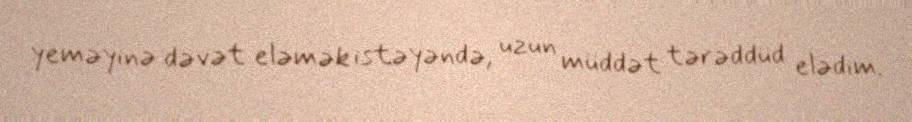
yeməyinə dəvət eləmək istəyəndə, uzun müddət tərəddüd elədim.